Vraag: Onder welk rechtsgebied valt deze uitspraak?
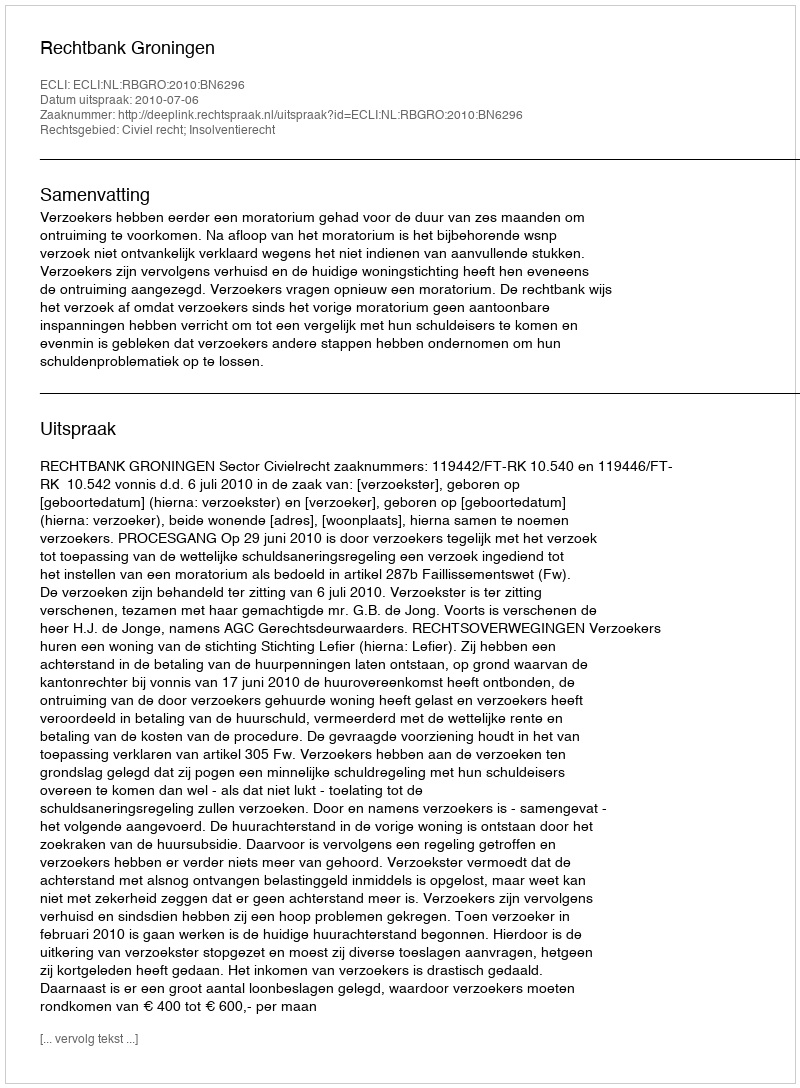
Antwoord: Civiel recht; Insolventierecht